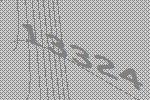
13324